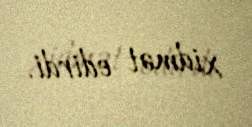
xidmət edirdi.